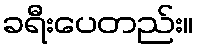
ခရီးပေတည်း။